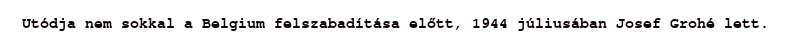
Utódja nem sokkal a Belgium felszabadítása előtt, 1944 júliusában Josef Grohé lett.